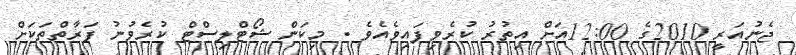
ޖެނުއަރީ 2010ގެ 12:00އަށް އިތުރު ކުރެވިފައިވެއެވެ . މިކަން ޝޯޓްލިސްޓް ކުރެވުނު ފަރާތްތަކަށް